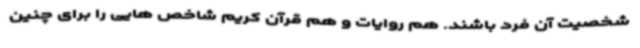
شخصیت آن فرد باشند. هم روایات و هم قرآن کریم شاخص هایی را برای چنین